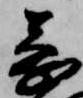
蒙